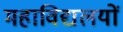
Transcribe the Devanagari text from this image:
महाविद्यलयों